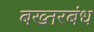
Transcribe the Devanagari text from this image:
बख्तरबंध